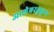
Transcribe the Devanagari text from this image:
आज्ञेबरहुकुम